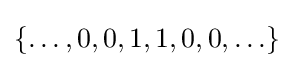
\{\ldots ,0,0,1,1,0,0,\ldots \}